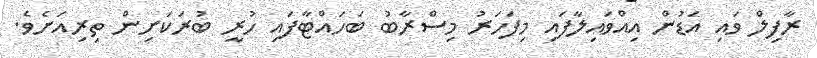
ރާފިލް ވައި އަޑުން އިއްވައިލާފައި މިފަހަރު މިސްރާބު ބަހައްޓާފައި ހުރީ ބުރަކަށިން ތިރިއަށެވެ.